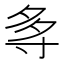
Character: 𭔯